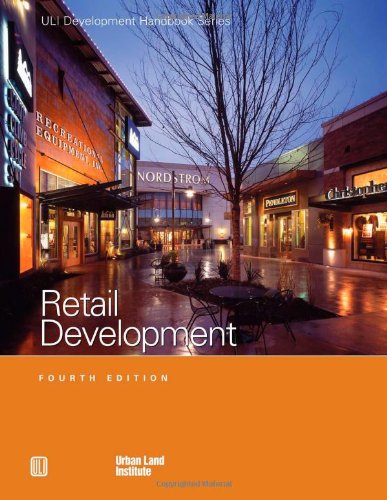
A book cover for Retail Development Handbook (Development Handbook series); Anita Kramer; Arts & Photography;